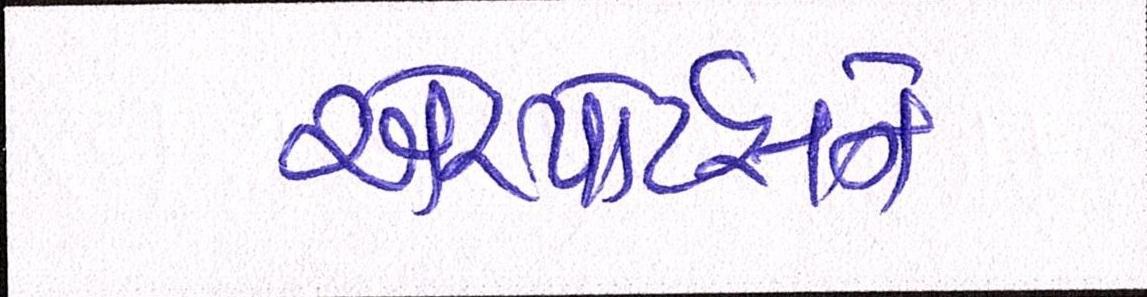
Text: એરપોર્ટ્સને